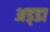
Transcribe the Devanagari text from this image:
अड्‍डा